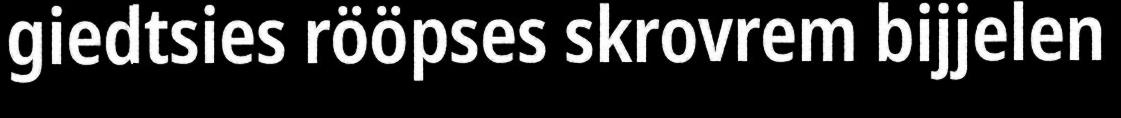
giedtsies rööpses skrovrem bijjelen